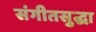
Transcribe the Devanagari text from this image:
संगीतसुद्धा